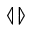
\llangle \rrangle